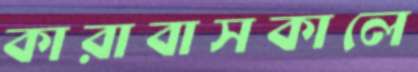
কারাবাসকালে